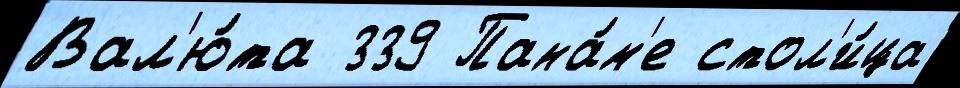
Вал'ю́та 339 Пана́м'е стол'и́ца